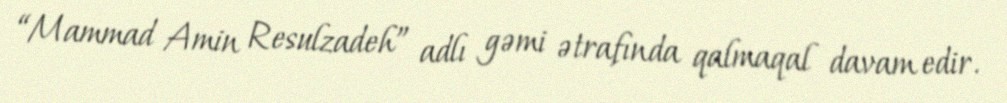
“Mammad Amin Resulzadeh” adlı gəmi ətrafında qalmaqal davam edir.